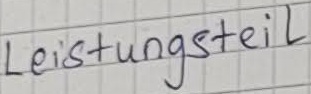
Text: Leistungsteil